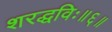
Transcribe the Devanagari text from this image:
शरद्धविः॥६॥